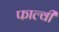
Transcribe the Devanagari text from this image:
फाल्वी